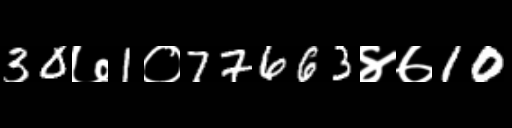
Text: 30७1०77663४७10